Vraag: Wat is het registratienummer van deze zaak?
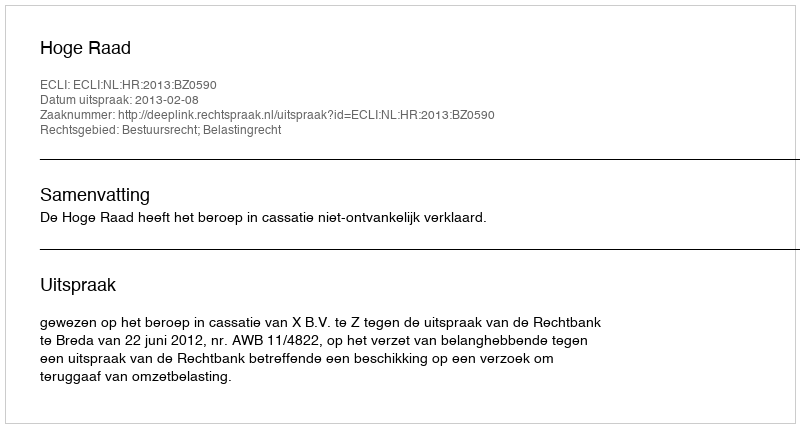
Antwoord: http://deeplink.rechtspraak.nl/uitspraak?id=ECLI:NL:HR:2013:BZ0590